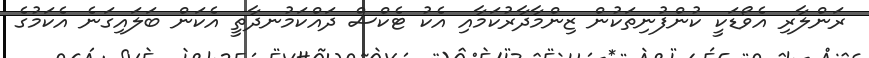
ރަންލާރި އެވޯޑަކީ ކުންފުނިތަކުން ޒިންމާދާރުކަމާއި އެކު ޓެކްސް ދައްކަމުނދާތީ އެކަން ބަލައިގަނެ އެކަމުގެ